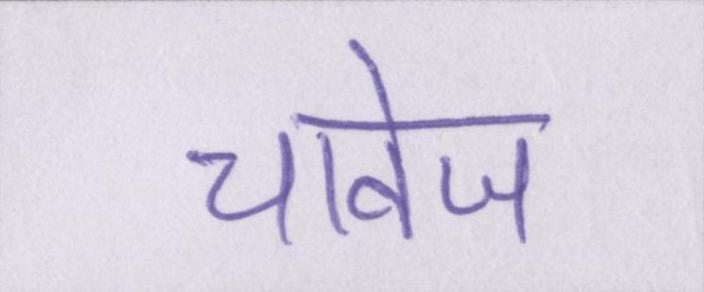
चावेज